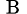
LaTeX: _{\mathrm{~B~}}